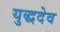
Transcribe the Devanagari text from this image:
युद्धदेव